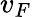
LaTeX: v_{F}